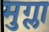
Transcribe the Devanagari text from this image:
मुग्ला